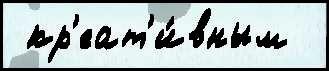
 кр'еат'и́вным